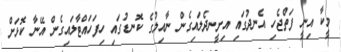
މީކާ އިނީ ފަތްޖެހި އެނދުގައި އިށީނދެލައިގެން ނާއިލުގެ ކޮނޑުގައި ހިފަހައްޓާލައިގެން އޭނާ ކޮޅަށް